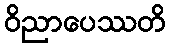
ဝိညာပေဿတိ